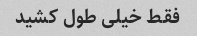
فقط خیلی طول کشید